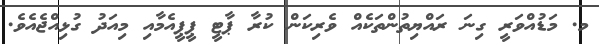
މ. މަޑުއްވަރީ ގިނަ ރައްޔިތުންތަކެއް ވެރިކަން ކުރާ ޕާޓީ ޕީޕީއެމާއި މިއަދު ގުޅިއްޖެއެވެ.